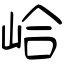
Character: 峆